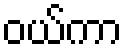
ဝယ်ကာ